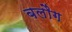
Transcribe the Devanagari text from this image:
बलौग